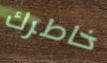
خاطرك